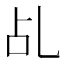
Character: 乩